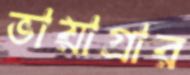
ভায়াগ্রার